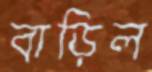
বাড়িল